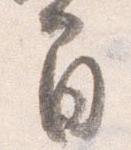
間